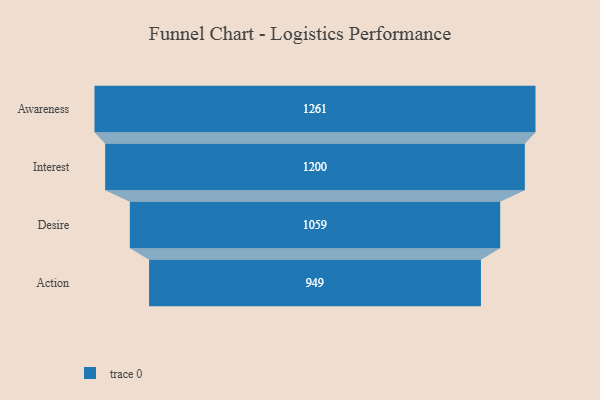
{"axis": {"x": "Stage", "y": "Value"}, "legend": [""], "data": [{"x": "Awareness", "y": 1261.0, "type": ""}, {"x": "Interest", "y": 1200.0, "type": ""}, {"x": "Desire", "y": 1059.0, "type": ""}, {"x": "Action", "y": 949.0, "type": ""}]}